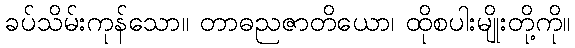
ခပ်သိမ်းကုန်သော။ တာဓညဇာတိယော၊ ထိုစပါးမျိုးတို့ကို။